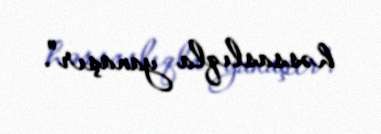
həssaslıqla yanaşır".